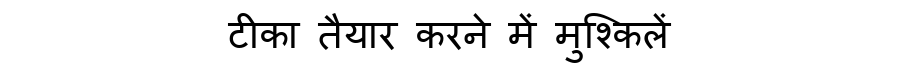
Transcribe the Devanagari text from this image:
टीका तैयार करने में मुश्किलें